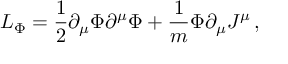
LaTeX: { \cal L } _ { \Phi } = \frac { 1 } { 2 } \partial _ { \mu } \Phi \partial ^ { \mu } \Phi + \frac { 1 } { m } \Phi \partial _ { \mu } J ^ { \mu } \, ,